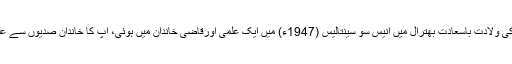
خاندانی عظمت اور ولادت با سعادت:آپ کی ولادت باسعادت بھترال میں انیس سو سینتالیس (1947ء) میں ایک علمی اورقاضی خاندان میں ہوئی، آپ کا خاندان صدیوں سے علما، فضلا اور مشائخ کا کا گہوارہ رہا ہے۔